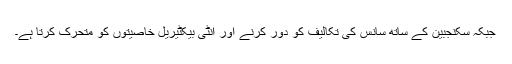
جبکہ سکنجبین کے ساتھ سانس کی تکالیف کو دور کرنے اور انٹی بیکٹیریل خاصیتوں کو متحرک کرتا ہے۔